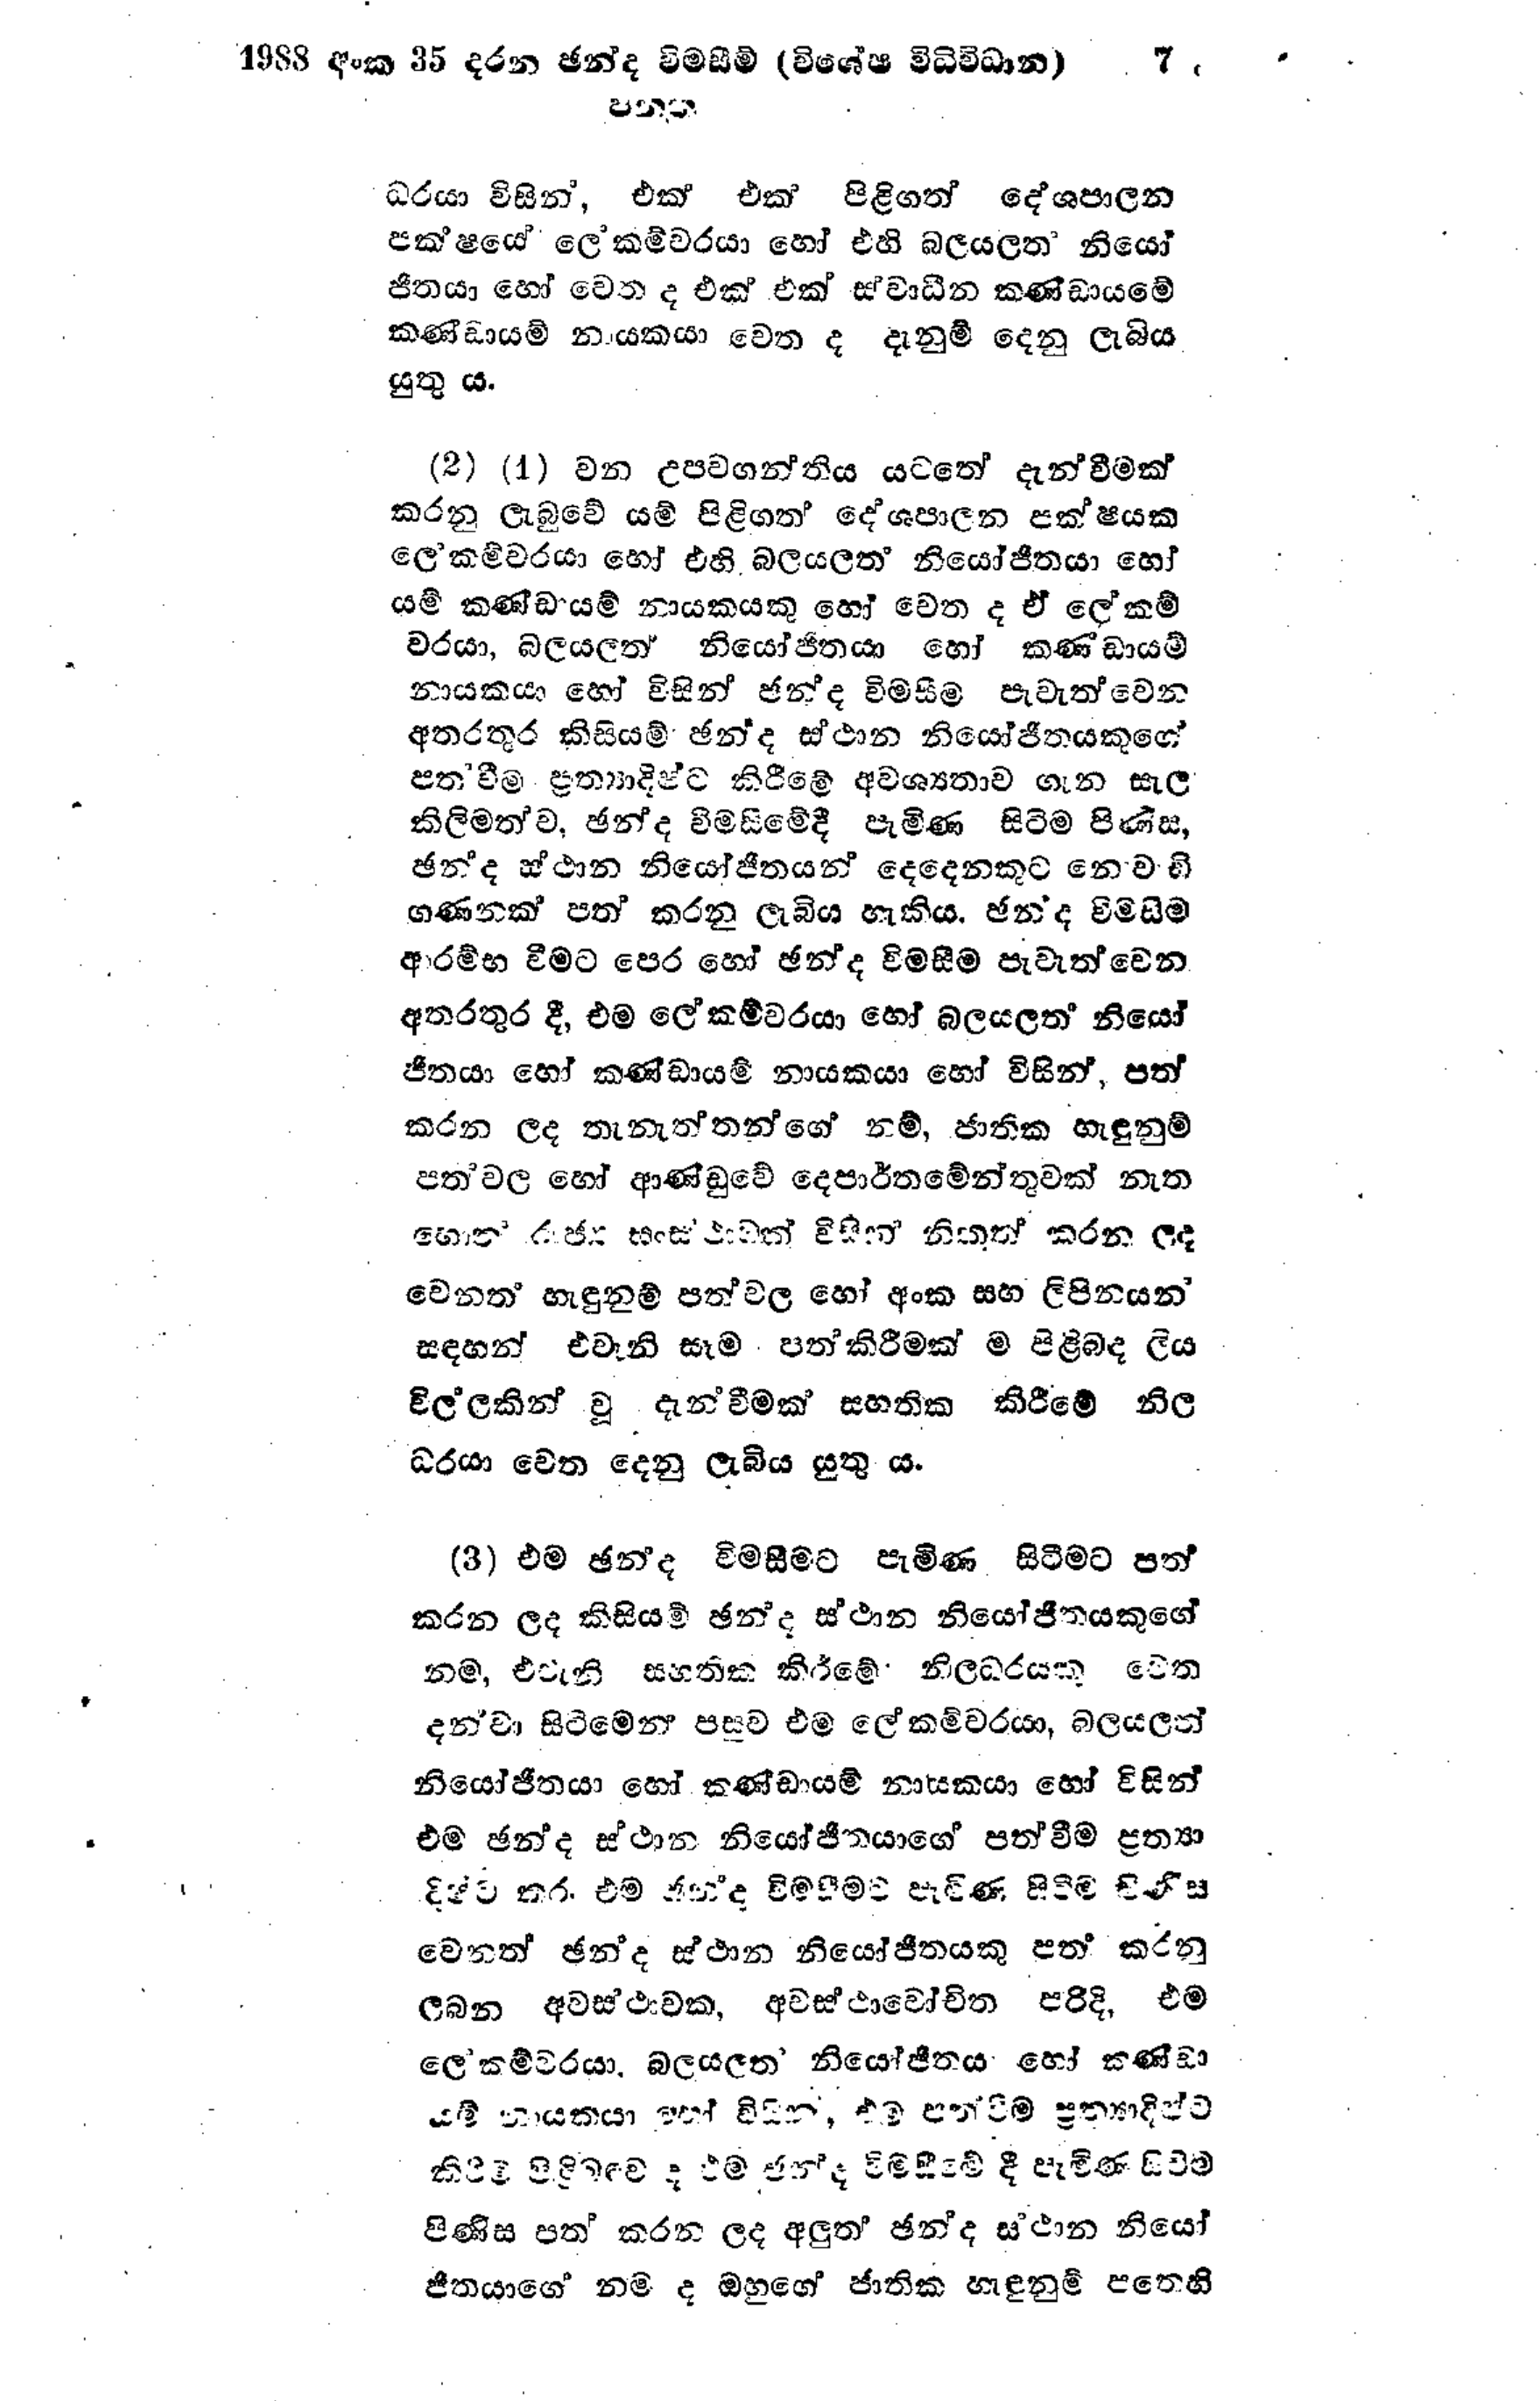
1988 අංක 35 දරන ඡන්ද විමසීම් (විශේෂ විධිවිධාන) 7
පනත

ධරයා විසින්, එක් එක් පිළිගත් දේශපාලන
පක්ෂයේ ලේකම්වරයා හෝ එහි බලයලත් නියෝ
ජිතයා හෝ වෙත ද එක් එක් ස්වාධීන කණ්ඩායමේ
කණ්ඩායම් නායකයා වෙත ද දැනුම් දෙනු ලැබිය
යුතු ය.

(2) (1) වන උපවගන්තිය යටතේ දැන්වීමක්
කරනු ලැබුවේ යම් පිළිගත් දේශපාලන පක්ෂයක
ලේකම්වරයා හෝ එහි බලයලත් නියෝජිතයා හෝ
යම් කණ්ඩායම් නායකයකු හෝ වෙතද ඒ ලේකම්
වරයා, බලයලත් නියෝජිතයා හෝ කණ්ඩායම්
නායකයා හෝ විසින් ඡන්ද විමසීම පැවැත්වෙන
අතරතුර කිසියම් ඡන්ද ස්ථාන නියෝජිතයකුගේ
පත්වීම ප්‍රත්‍යාදිෂ්ට කිරීමේ අවශ්‍යතාව ගැන සැල
කිලිමත්ව, ඡන්ද විමසීමේ දී පැමිණ සිටීම පිණිස,
ඡන්ද ස්ථාන නියෝජිතයන් දෙදෙනකුට නොවැඩි
ගණනක් පත් කරනු ලැබිය හැකිය. ඡන්ද විමසීම
ආරම්භ වීමට පෙර හෝ ඡන්ද විමසීම පැවැත්වෙන
අතරතුර දී, එම ලේකම්වරයා හෝ බලයලත් නියෝ
ජිතයා හෝ කණ්ඩායම් නායකයා හෝ විසින්, පත්
කරන ලද තැනැත්තන්ගේ නම්, ජාතික හැඳුනුම්
පත්වල හෝ ආණ්ඩුවේ දෙපාර්තමේන්තුවක් නැත
හොත් රාජ්‍ය සංස්ථාවත් විසින් නිකුත් කරන ලද
වෙනත් හැඳුනුම් පත්වල හෝ අංක සහ ලිපිනයන්
සඳහන් එවැනි සෑම පත් කිරීමක් ම පිළිබද ලිය
විල්ලකින් වූ දැන්වීමක් සහතික කිරීමේ නිල
ධරයා වෙත දෙනු ලැබිය යුතු ය.

(3) එම ඡන්ද විමසීමට පැමිණ සිටීමට පත්
කරන ලද කිසියම් ඡන්ද ස්ථාන නියෝජිතයකුගේ
නම, එවැනි සහතික කිරීමේ නිලධරයකු වෙත
දන්වා සිටීමෙන් පසව එම ලේකම්වරයා, බලයලත්
නියෝජිතයා හෝ කණ්ඩායම් නායකයා හෝ විසින්
එම ඡන්ද ස්ථාන නියෝජිතයාගේ පත් වීම ප්‍රත්‍යා
දිෂ්ටි කර, එම ඡන්ද විමසීමට පැමිණ සිටීම පිණිස
වෙනත් ඡන්ද ස්ථාන නියෝජිතයකු පත් කරනු
ලබන අවස්ථාවක, අවස්ථාවෝචිත පරිදි, එම
ලේකම්වරයා, බලයලත් නියෝජිතය හෝ කණ්ඩා
යම් නායකයා හෝ විසින්, එම පත්වීම ප්‍රත්‍යාදිෂ්ට
කිරිම පිළිබඳව ද එම ඡන්ද විමසීමේ දී පැමිණ සිවීම
පිණිස පත් කරන ලද අලුත් ඡන්ද ස්ථාන නියෝ
ජිතයාගේ නම් ද ඔහුගේ ජාතික හැඳුනුම් පතෙහි